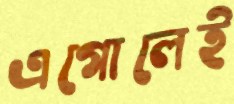
এগোলেই